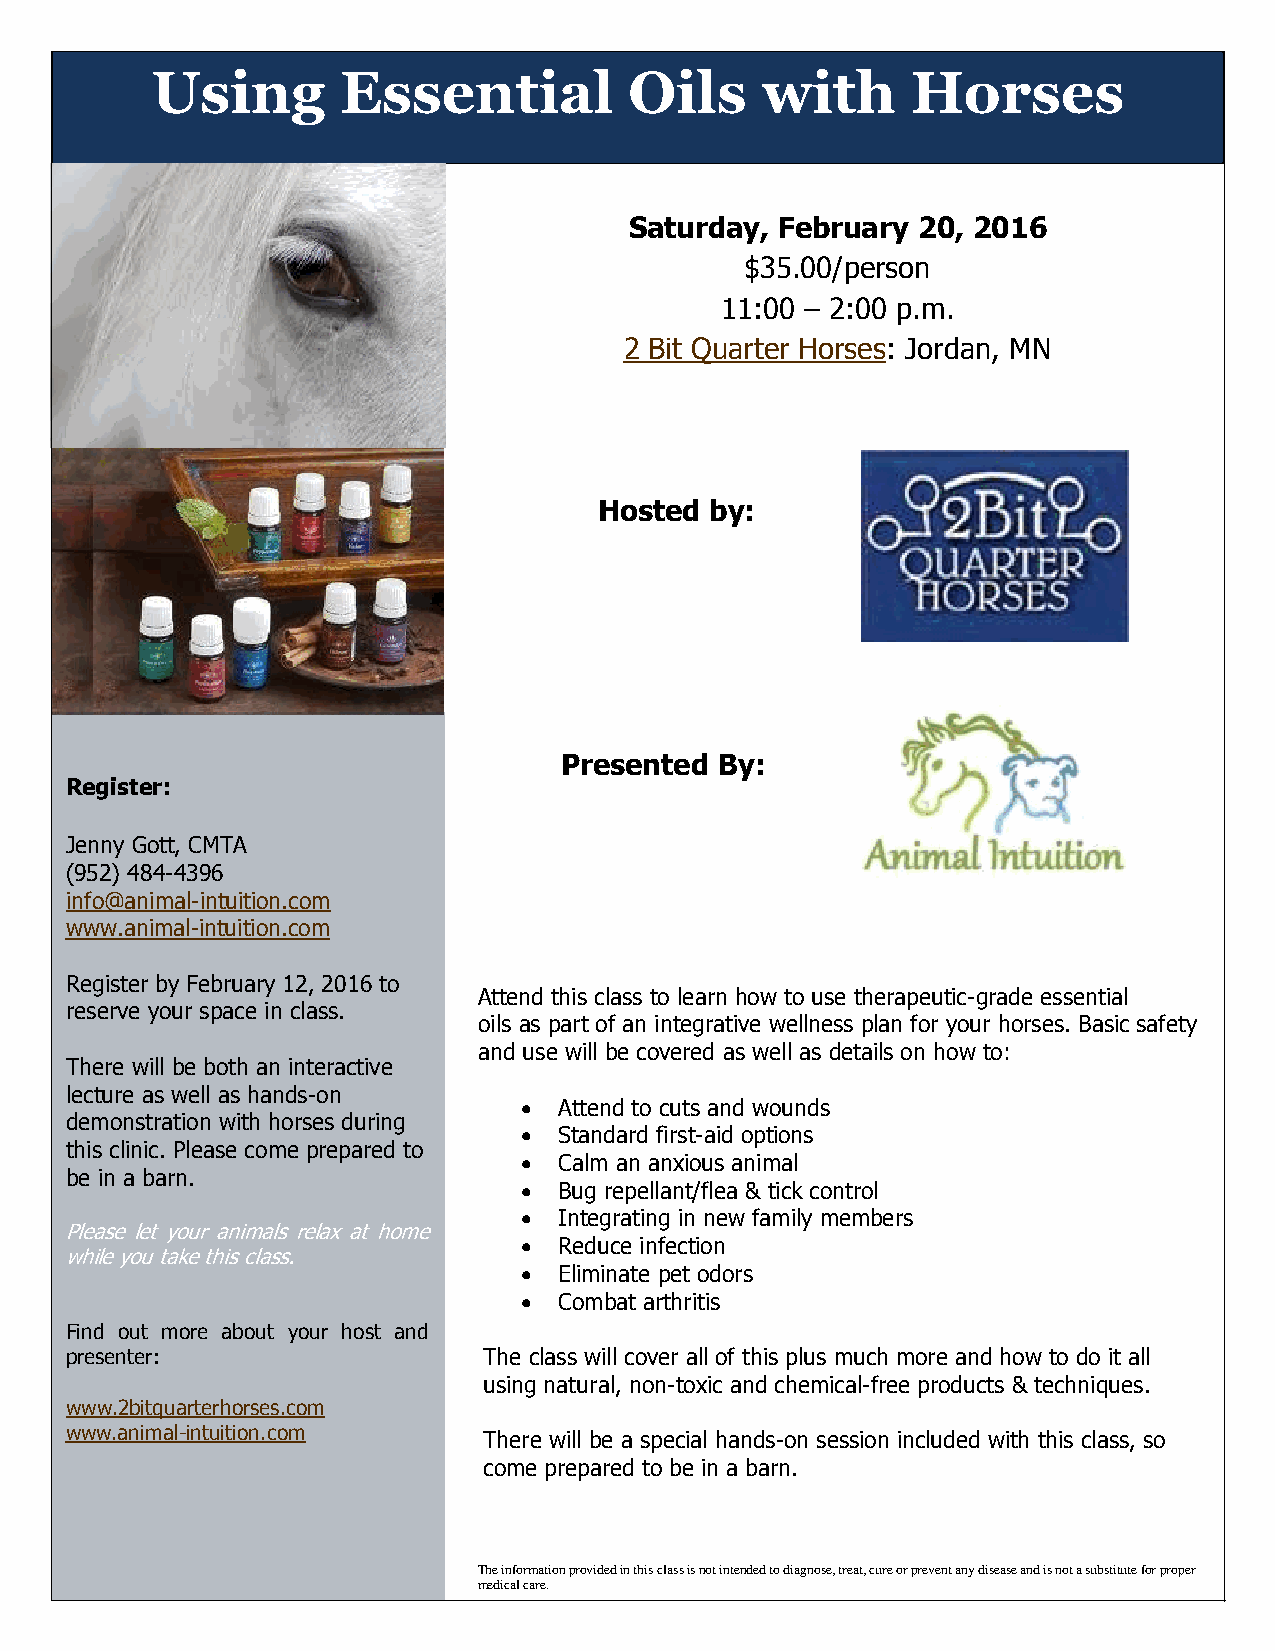
Using        Essential          Oils    with      Horses
 Saturday, February 20, 2016
 $35.00/person
 11:00 – 2:00 p.m.
 2 Bit Quarter Horses: Jordan, MN
 Hosted by:
 Presented  By:
 Register:
 Jenny Gott, CMTA
 (952) 484-4396
 info@animal-intuition.com
 www.animal-intuition.com
 Register by February 12, 2016 to
 Attend this class to learn how to use therapeutic-grade essential
 reserve your space in class.
 oils as part of an integrative wellness plan for your horses. Basic safety
 and use will be covered as well as details on how to:
 There will be both an interactive
 lecture as well as hands-on
   Attend to cuts and wounds
 demonstration with horses during
   Standard first-aid options
 this clinic. Please come prepared to
   Calm an anxious animal
 be in a barn.
   Bug repellant/flea & tick control
   Integrating in new family members
 Please let your animals relax at home
   Reduce infection
 while you take this class.
   Eliminate pet odors
   Combat arthritis
 Find out more about your host and
 presenter:                  The class will cover all of this plus much more and how to do it all
 using natural, non-toxic and chemical-free products & techniques.
 www.2bitquarterhorses.com
 www.animal-intuition.com
 There will be a special hands-on session included with this class, so
 come prepared to be in a barn.
 The information provided in this class is not intended to diagnose, treat, cure or prevent any disease and is not a substitute for proper
 medical care.